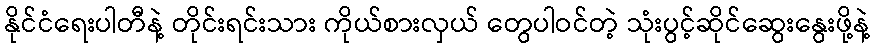
နိုင်ငံရေးပါတီနဲ့ တိုင်းရင်းသား ကိုယ်စားလှယ် တွေပါဝင်တဲ့ သုံးပွင့်ဆိုင်ဆွေးနွေးဖို့နဲ့